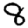
Digit: 8